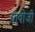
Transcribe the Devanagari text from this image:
चावोजी